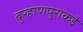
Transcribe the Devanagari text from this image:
बुऱ्हाणपुराकडे